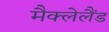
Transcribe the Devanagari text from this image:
मैक्लेलैंड